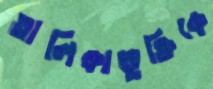
তালিকাভুক্তিকে